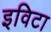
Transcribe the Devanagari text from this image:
इविटा